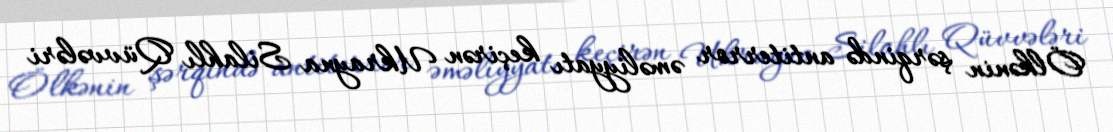
Ölkənin şərqində antiterror əməliyyatı keçirən Ukrayna Silahlı Qüvvələri